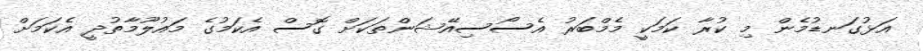
އަޅުގަނޑުމެން މި ކުރާ ކަމަކީ މެމްބަރު އެސޯސިއޭޝަންތަކަށް ގޮސް އެކަމުގެ މައުލޫމާތުދީ އެކަމަށް